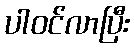
ပါဝင်လာပြီး